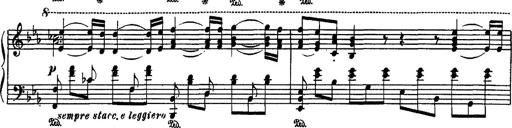
Title: Fantaisie sur des motifs favoris de l'opÃ©ra 'La sonnambula'
Composer: Franz Liszt